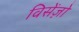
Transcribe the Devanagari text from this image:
विसेंज़ो